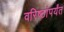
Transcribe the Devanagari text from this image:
वरिष्ठांपर्यंत